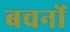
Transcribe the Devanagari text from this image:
बचनों